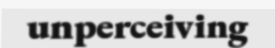
unperceiving